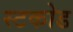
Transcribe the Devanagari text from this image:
स्टकोड